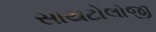
સાયટોલોજી